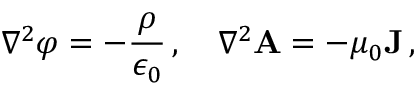
\nabla ^ { 2 } \varphi = - { \frac { \rho } { \epsilon _ { 0 } } } \, , \quad \nabla ^ { 2 } \mathbf { A } = - \mu _ { 0 } \mathbf { J } \, ,